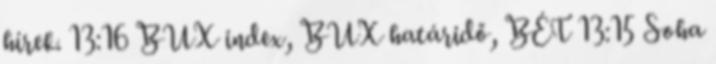
hírek. 13:16 BUX index, BUX határidő, BÉT 13:15 Soha